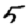
Digit: 5